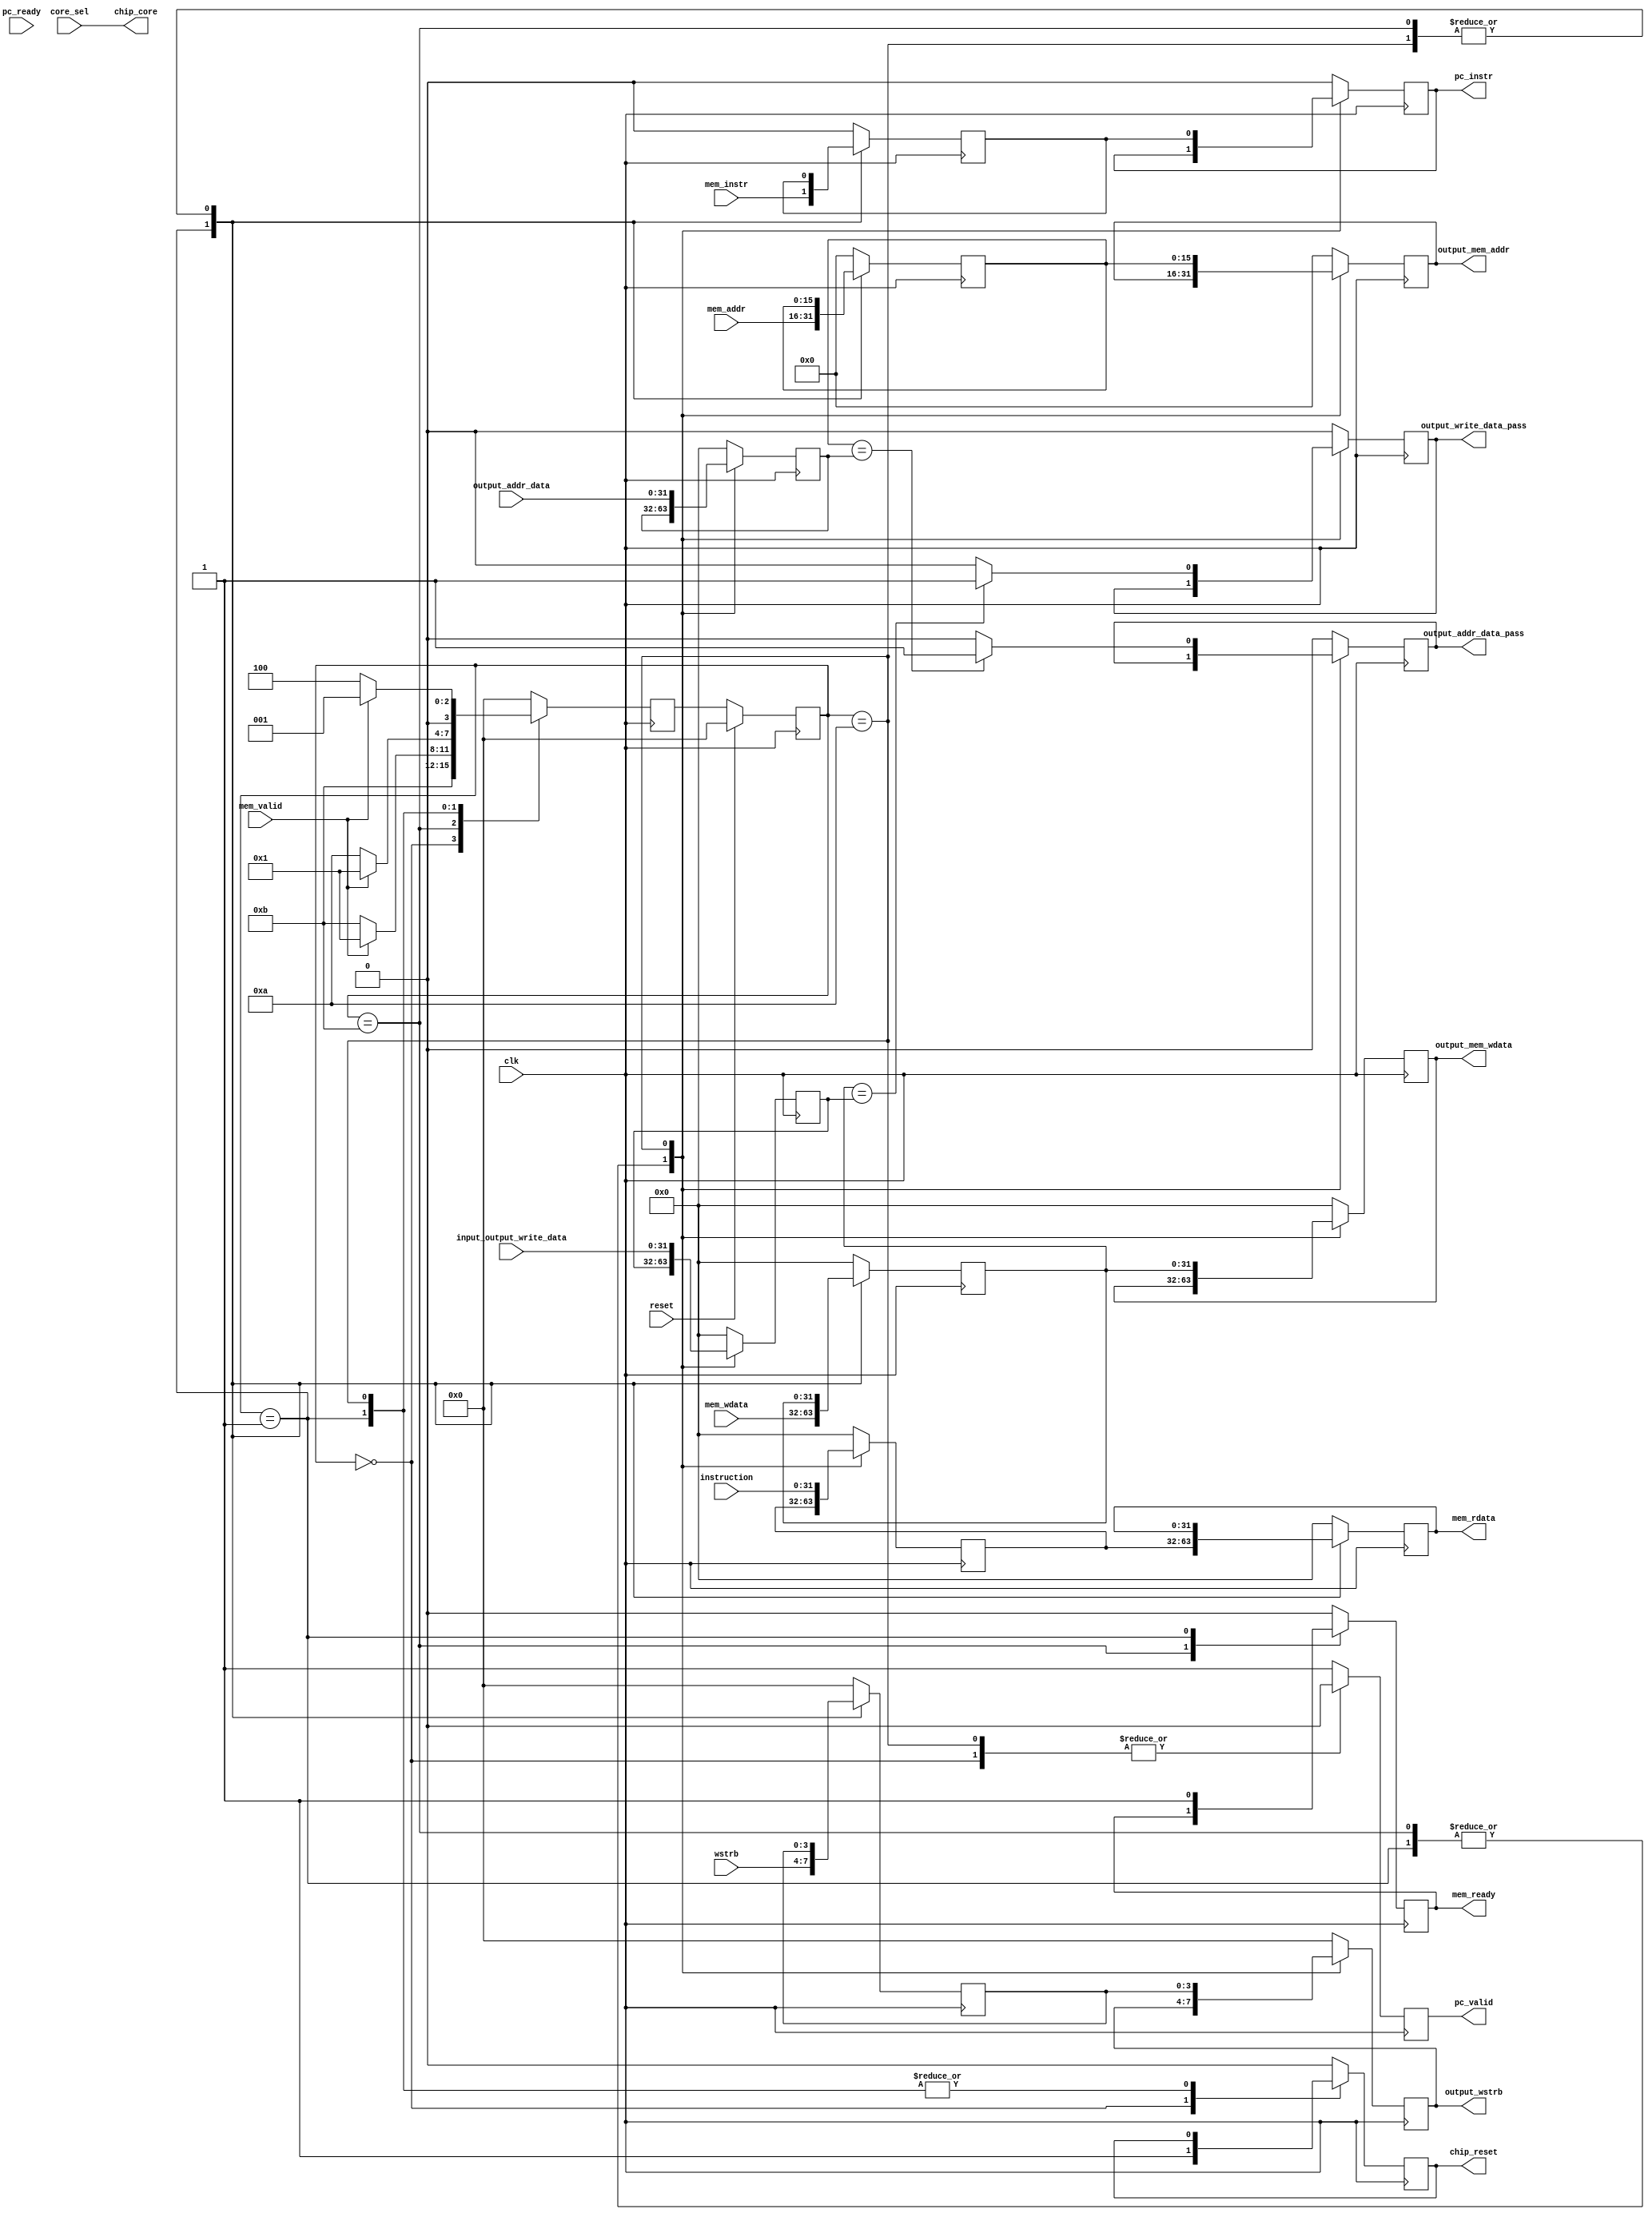
`timescale 1ns / 1ps
//////////////////////////////////////////////////////////////////////////////////
// Company: 
// Engineer: 
// 
// Design Name: 
// Module Name: driver
// Project Name: 
// Target Devices: 
// Tool Versions: 
// Description: 
// 
// Dependencies: 
// 
// Revision:
// Revision 0.01 - File Created
// Additional Comments:
// 
//////////////////////////////////////////////////////////////////////////////////


module driver( 

input clk,
input [31:0] instruction, // from Program counter module
input [1:0]core_sel ,   // user input from the USER
input reset, // user input from the program counter module
input [31:0] input_output_write_data, // From Program counter module,  write data to be verified witht the chip's output
input [31:0] output_addr_data ,// from Program counter module  , write address data to be verified with the chip's output
input pc_ready , // Program counter ready 

output reg  output_write_data_pass, // to Program counter module , after verifying the data output
output reg  output_addr_data_pass, // to Program counter module  , after verifying address output
output reg [15:0] output_mem_addr,// to program counter module
output reg [31:0] output_mem_wdata ,// to program counter module
output reg [3:0] output_wstrb,  
output reg pc_valid,
output reg pc_instr,
//##########################################################################################################

input [15:0] mem_addr, //output data address from the chip 
input [31:0] mem_wdata ,//output write data  from the chip
input [3:0] wstrb , // output bit write value from the chip
input mem_instr ,  // instruction execution signal from the chip
input mem_valid , // processor ready for next instruction signal from the chip


output reg [31:0] mem_rdata , // input to chip , new instruction 
output reg mem_ready , // input to chip , ready for next instruction 
output reg chip_reset, // input to chip , reset
output  [1:0]chip_core // input to chip , core select



    );
    
    //######### Inputs from program counter
   reg [31:0] opcode_pc2driver; // regs for internal storage
   reg [31:0] i_o_wdata_pc2driver; // regs for internal storage
   reg [31:0] i_o_addr_pc2driver; // regs for internal storage
  // reg  core_select_pc2driver;// regs for internal storage 
    
    
    //########### inputs from Riscv 
    
    reg [15:0] mem_addr_risc2driver;
    reg [31:0] mem_wdata_risc2driver;
    reg [3:0] wstrb_risc2driver; 
    reg mem_instr_risc2driver;
    //################################################
    
    
    reg [3:0] state; 
    reg [3:0] next_state; 
    
    parameter idle = 0000; 
    parameter write = 0001;
    parameter busy1 = 0010;
    parameter busy2= 0100; 
    parameter idle2 = 0011;
    
    
    
    assign chip_core = core_sel; 
    
    always@(posedge clk) begin 
    if(reset) begin 
    state <= idle;
    end
    
    else 
    begin 
    state <= next_state;
    end
    end
    
    always@(posedge clk) begin 
    case(state)
    
    idle : begin 
           next_state <= idle2;
          end
          
    idle2 : begin 
            if(mem_valid) begin
            next_state <= write; 
            end
            else begin 
            next_state <= idle2;
            end
            end
    write :begin 
           if(!mem_valid) begin 
           next_state <= busy1;
           end
           else begin 
           next_state <= write;
           end 
           end
    busy1 : begin
           if(!mem_valid) begin // read next values from the Program counter
           next_state <= busy2;
           end
           else begin 
           next_state <= write; 
           end
    
           end
    busy2: begin
           if(!mem_valid) begin // dont ready any new values from the Program counter
           next_state <= busy2;
           end
            else begin 
            next_state <= write;
            end
           end
    
    
    default : begin 
            next_state <= idle;
    end
    endcase
    end
    
    
    always@(posedge clk) begin // outputs and other values transfer
    case(state) 
    idle : begin 
    
    chip_reset <= 1;
    mem_rdata <=0;
    mem_ready <=0 ;
    mem_addr_risc2driver <= 0;
    mem_wdata_risc2driver <=0;
    wstrb_risc2driver<=0; 
    mem_instr_risc2driver <=0; 
    pc_valid <= 0 ; 
    opcode_pc2driver <= 0 ;
    i_o_wdata_pc2driver <= 0 ;
    i_o_addr_pc2driver <= 0 ;
    output_mem_addr <= 0 ; 
    output_mem_wdata <= 0 ;
    output_addr_data_pass <= 0; 
    output_write_data_pass <=0;
    pc_instr <=0;
    output_wstrb <= 0;


           
           end
           
    idle2 :begin 
    chip_reset <= 0;
    pc_valid <= 1;
    end
    
    write : begin 
         
           mem_rdata <= opcode_pc2driver;// to chip
           mem_ready <=1 ;// to chip
           
           mem_addr_risc2driver <=mem_addr;// read value from prev instruction
           mem_wdata_risc2driver <=mem_wdata;// read value from prev instruction
           wstrb_risc2driver <= wstrb;// read value from prev instruction
           mem_instr_risc2driver <= mem_instr; // read value from prev instrution
           
          
          // chip_core <= core_select_pc2driver;// to chip 
           pc_valid <=1 ; // ready to read next values
           end
           
    busy1: begin 
        
           opcode_pc2driver <= instruction;// update instruction from PC
           mem_ready <= 0; //
           
           i_o_wdata_pc2driver<=input_output_write_data;
           i_o_addr_pc2driver <=output_addr_data;
          // core_select_pc2driver <= core_sel;
           
           
           
           
           output_mem_addr <=mem_addr_risc2driver;
           output_mem_wdata <= mem_wdata_risc2driver;
            output_wstrb <= wstrb_risc2driver ;
           
           
   // Check instructions data   /////////////////////////////////////////      
           if(mem_addr_risc2driver ==i_o_addr_pc2driver) begin 
           output_addr_data_pass <=1;
           end
           else begin 
            output_addr_data_pass <=0;
           end
           
           if(mem_wdata_risc2driver==i_o_wdata_pc2driver) begin
           output_write_data_pass <=1 ;
           end
           else begin 
           output_write_data_pass <=0 ;
           end 
    ////////////////////////////// /////////////////      ////////////////////
           pc_instr <= mem_instr_risc2driver; 
           pc_valid <= 0 ; 
           end
           
           
    busy2: begin 

    
    opcode_pc2driver <= opcode_pc2driver;// update instruction from PC
           mem_ready <= mem_ready ; //
           
           i_o_wdata_pc2driver<=i_o_wdata_pc2driver;
           i_o_addr_pc2driver <=i_o_addr_pc2driver;
           //core_select_pc2driver <= core_select_pc2driver ;
           
           
           
           
           output_mem_addr <= output_mem_addr;
           output_mem_wdata <=  output_mem_wdata;
           
              // Check instructions data   /////////////////////////////////////////      
           if(mem_addr_risc2driver ==i_o_addr_pc2driver) begin 
           output_addr_data_pass <=1;
           end
           else begin 
            output_addr_data_pass <=0;
           end
           
           if(mem_wdata_risc2driver==i_o_wdata_pc2driver) begin
           output_write_data_pass <=1 ;
           end
           else begin 
           output_write_data_pass <=0 ;
           end 
    ////////////////////////////// /////////////////      ////////////////////
           pc_instr <= pc_instr; 
           pc_valid <= pc_valid ; 
           
           
    
           end
    default: begin 
    
    chip_reset <= 0;
    mem_rdata <=0;
    mem_ready <=0 ;
    mem_addr_risc2driver <= 0;
    mem_wdata_risc2driver <=0;
    wstrb_risc2driver<=0; 
    mem_instr_risc2driver <=0; 
    pc_valid <= 1 ; 
    opcode_pc2driver <= 0 ;
    i_o_wdata_pc2driver <= 0 ;
    i_o_addr_pc2driver <= 0 ;
    output_mem_addr <= 0 ; 
    output_mem_wdata <= 0 ;
    output_addr_data_pass <= 0; 
    output_write_data_pass <=0;
    pc_instr <=0;
     output_wstrb <= 0;

    
    
            end
    endcase
    end
    
  ///////////////////////////////////////////////////////////////////////////////////////////////////////////////
  //Driver to PC logic 
  
    
    
    
    
    
    
    
endmodule